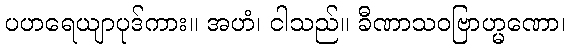
ပဟရေယျာပုဒ်ကား။ အဟံ၊ ငါသည်။ ခီဏာသဝဗြာဟ္မဏော၊